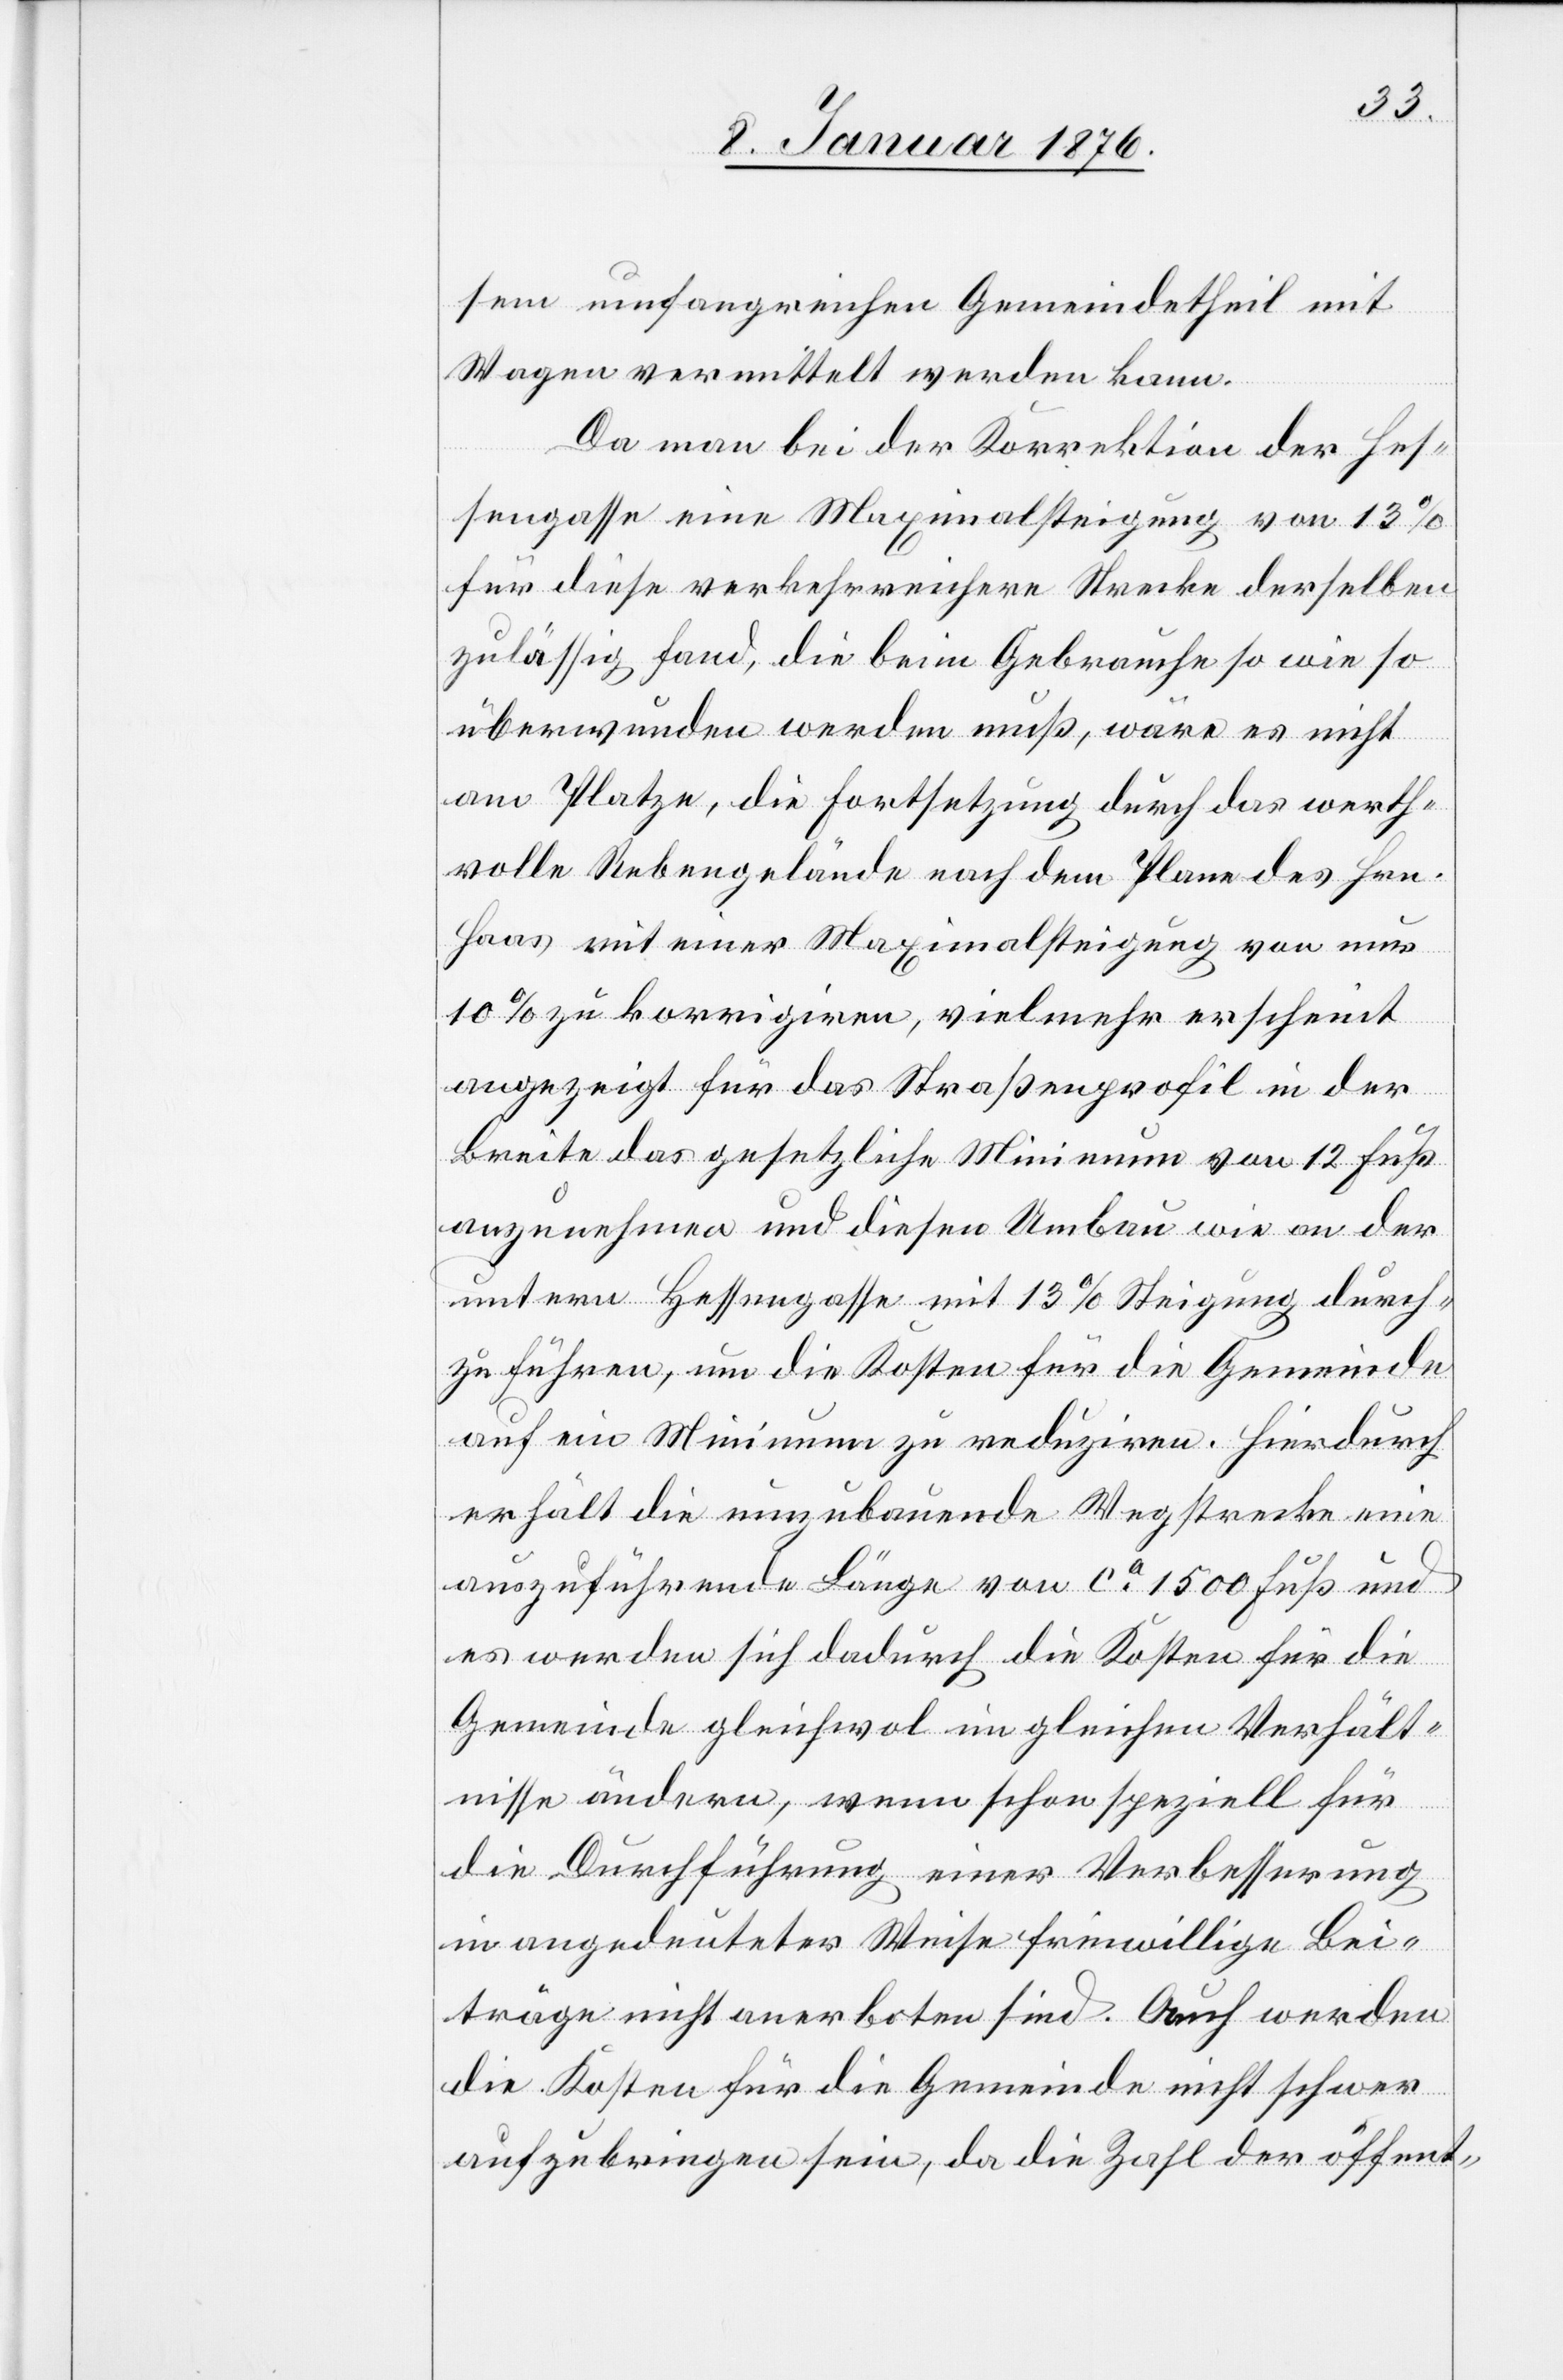
sem umfangreichen Gemeindetheil mit
Wagen vermittelt werden kann.
Da man bei der Korrektion der Hes¬
sengasse eine Maximalsteigung von 13
für diese verkehrreichere [sic!] Strecke derselben
zulässig fand, die beim Gebrauche so wie so
überwunden werden muß, wäre es nicht
am Platze, die Fortsetzung durch das werth¬
volle Rebengelände nach dem Plane des Hrn.
Haas mit einer Maximalsteigung von nur
10 % zu korrigiren, vielmehr erschient
angezeigt für das Straßenprofil in der
Breite das gesetzliche Minimum von 12 Fuß
anzunehmen und diesen Umbau wie an der
untern Hessengasse mit 13 % Steigung durch¬
zuführen, um die Kosten für die Gemeinde
auf ein Minimum zu reduziren. hierdurch
erhält die umzubauende Wegstrecke eine
auszuführende Länge von ca. 1500 Fuß und
es werden sich dadurch die Kosten für die
Gemeinde gleichwol im gleichen Verhält¬
nisse ändern, wenn schon speziell für
die Durchführung einer Verbesserung
in angedeuteter Weise freiwillige Bei¬
träge nicht anerboten sind. Auch werden
die Kosten für die Gemeinde nicht schwer
aufzubringen sein, da die Zahl der öffent-